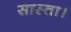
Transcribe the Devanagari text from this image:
सास्ता।